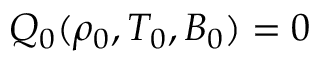
Q _ { 0 } ( \rho _ { 0 } , T _ { 0 } , B _ { 0 } ) = 0